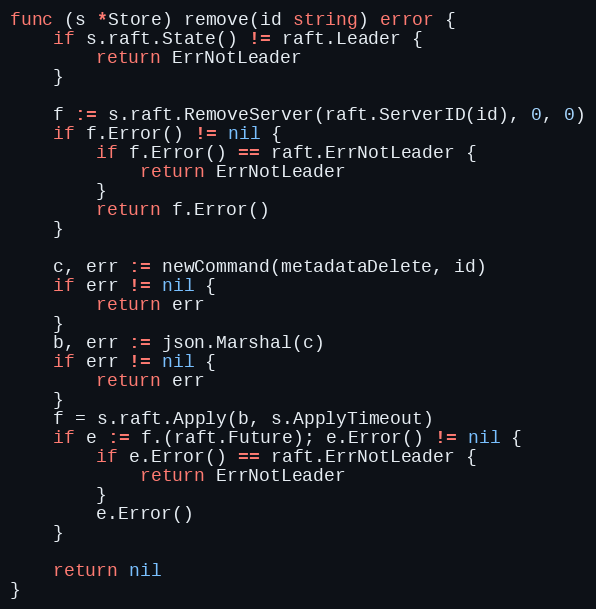
Language: Go
func (s *Store) remove(id string) error {
	if s.raft.State() != raft.Leader {
		return ErrNotLeader
	}

	f := s.raft.RemoveServer(raft.ServerID(id), 0, 0)
	if f.Error() != nil {
		if f.Error() == raft.ErrNotLeader {
			return ErrNotLeader
		}
		return f.Error()
	}

	c, err := newCommand(metadataDelete, id)
	if err != nil {
		return err
	}
	b, err := json.Marshal(c)
	if err != nil {
		return err
	}
	f = s.raft.Apply(b, s.ApplyTimeout)
	if e := f.(raft.Future); e.Error() != nil {
		if e.Error() == raft.ErrNotLeader {
			return ErrNotLeader
		}
		e.Error()
	}

	return nil
}